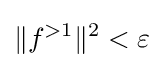
\|f^{>1}\|^{2}<\varepsilon